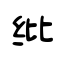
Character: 纰